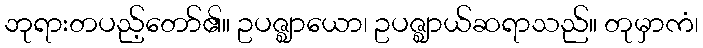
ဘုရားတပည့်တော်၏။ ဥပဇ္ဈာယော၊ ဥပဇ္ဈာယ်ဆရာသည်။ တုမှာကံ၊